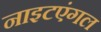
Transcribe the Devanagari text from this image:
नाइटएंगल